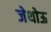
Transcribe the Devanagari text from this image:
जेथोऊ